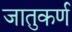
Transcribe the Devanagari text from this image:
जातुकर्ण